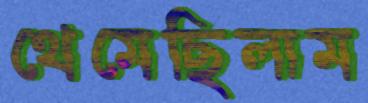
থেমেছিলাম